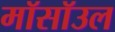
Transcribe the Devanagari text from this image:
मॉसॉउल